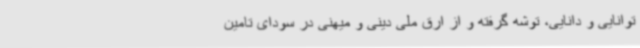
توانایی و دانایی، توشه گرفته و از ارق ملی دینی و میهنی در سودای تامین